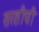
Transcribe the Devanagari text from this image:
सरशीची